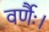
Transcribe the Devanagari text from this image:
वर्णैः।